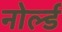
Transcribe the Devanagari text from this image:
नोर्ल्ड